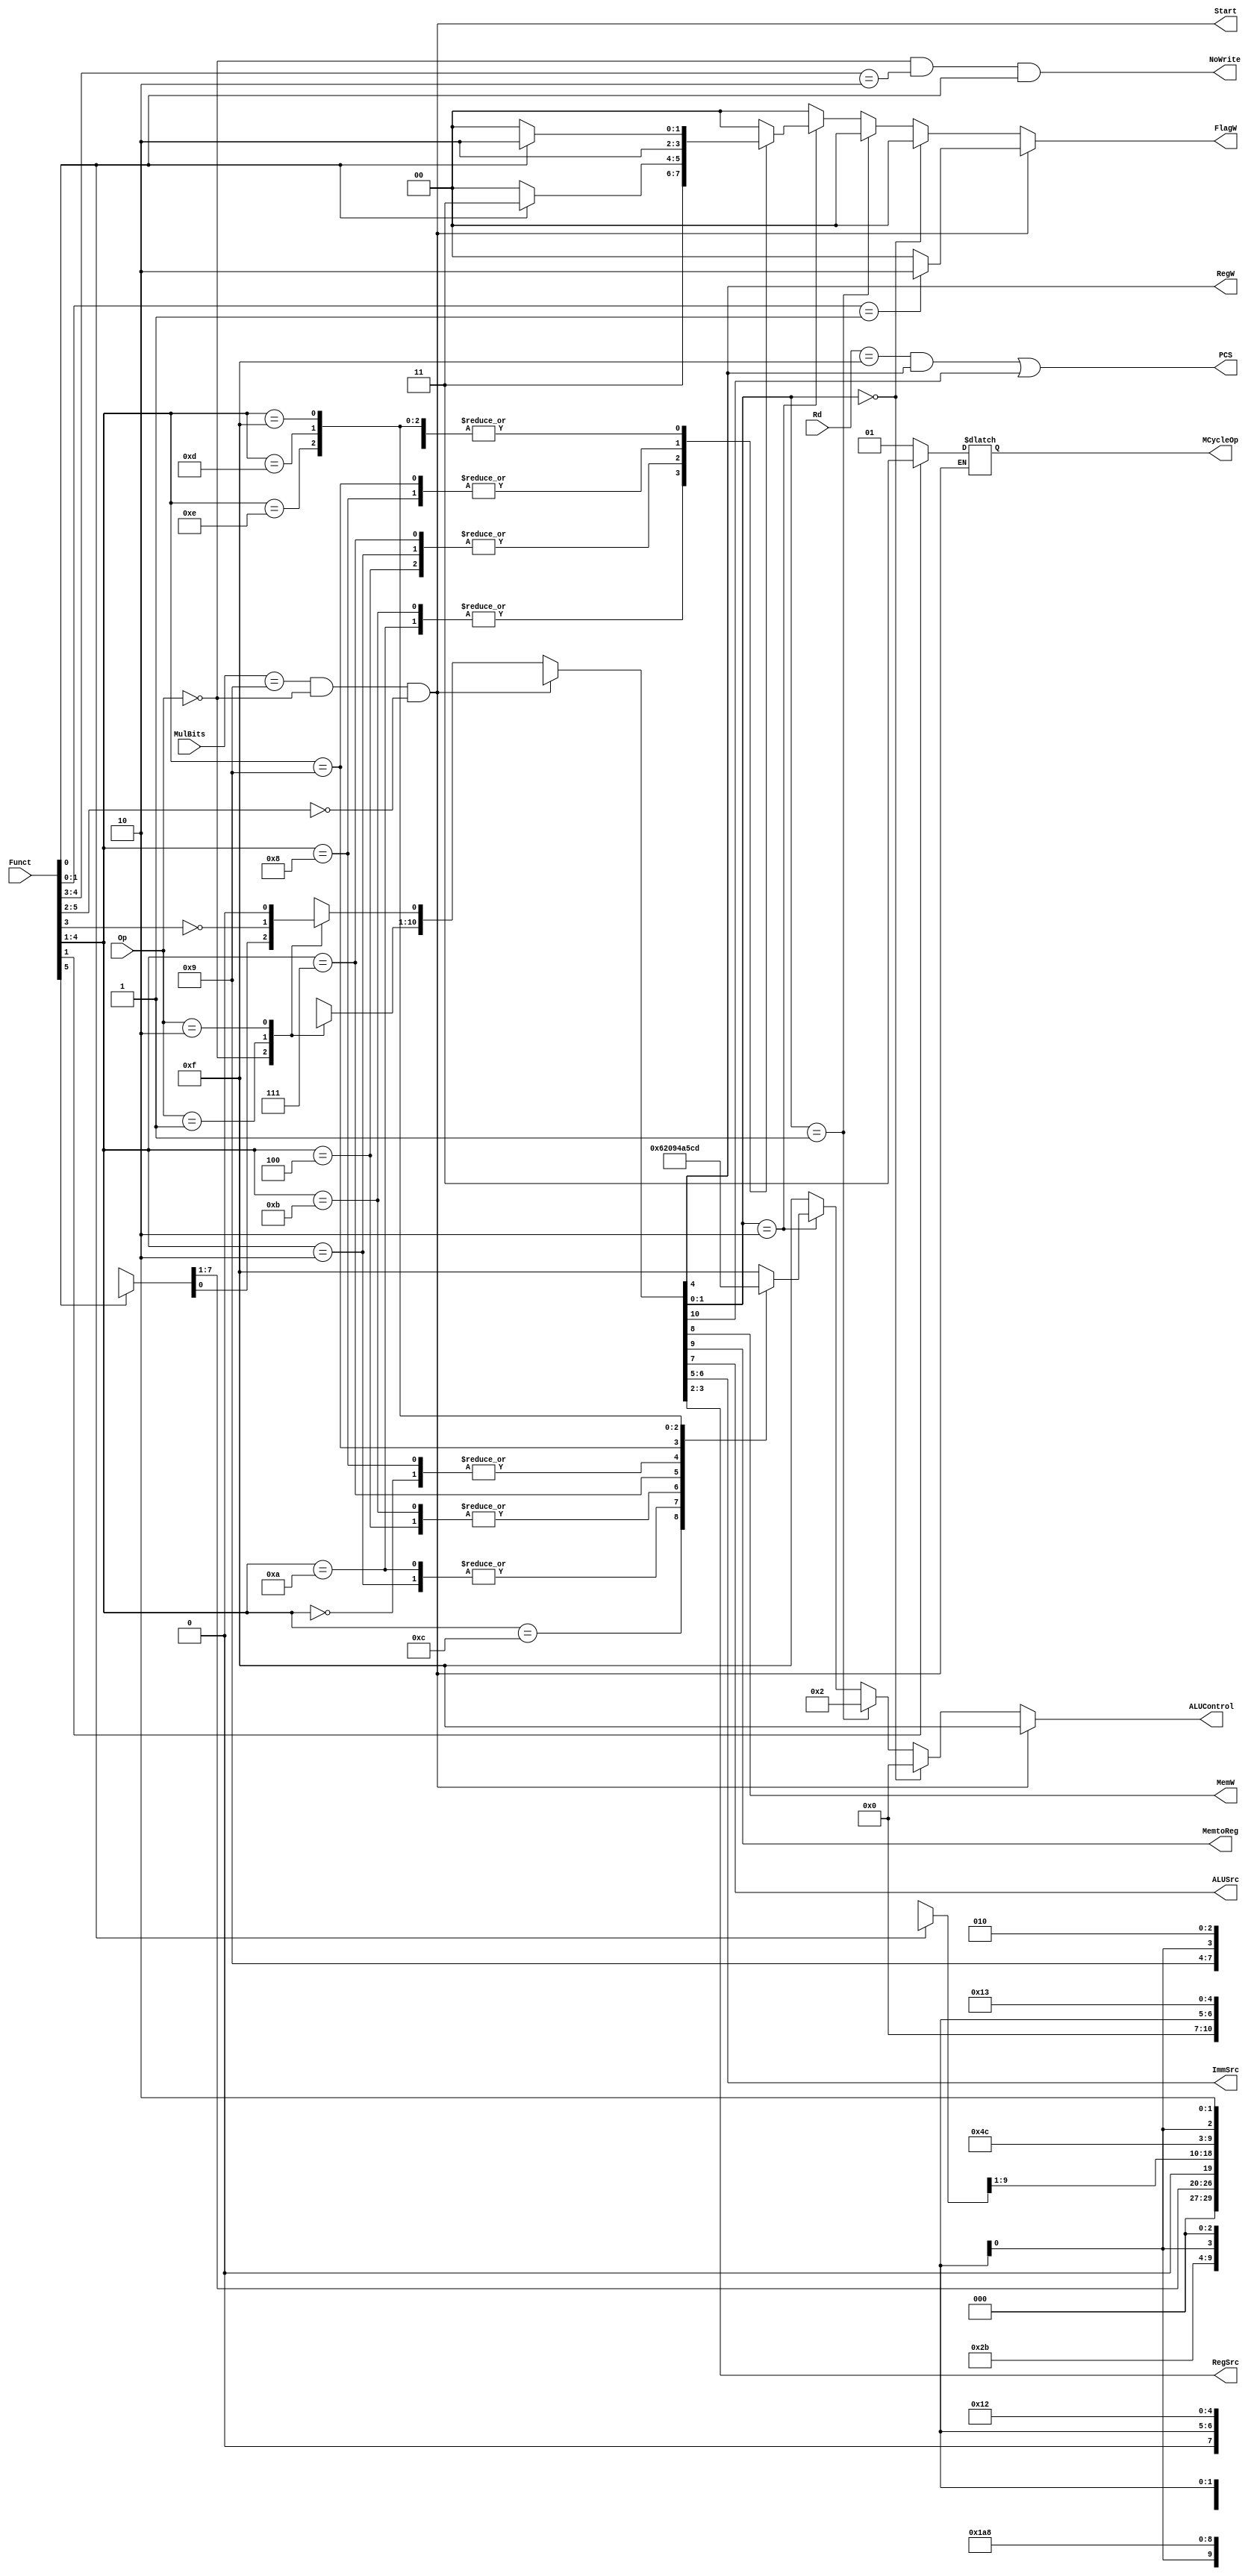
module Decoder(
    input [3:0] Rd,
    input [1:0] Op,
    input [5:0] Funct, //Instr[25:20]
    input [3:0] MulBits, // Instr[7:4] 1001 for MUL and MLA
    output PCS,
    output RegW,
    output MemW,
    output MemtoReg,
    output ALUSrc,
    output [1:0] ImmSrc,
    output [1:0] RegSrc,
    output NoWrite,
    output reg [3:0] ALUControl,
    output reg [1:0] FlagW,
    output Start,
    output reg [1:0] MCycleOp
    );
    
    wire [1:0] ALUOp;
    wire Branch;
    reg [10:0] controls;
    
    assign {Branch, MemtoReg, MemW, ALUSrc, ImmSrc, RegW, RegSrc, ALUOp} = controls;
    assign PCS = ((Rd == 4'b1111) & RegW) | Branch;
    assign NoWrite = (Op == 2'b00) & (Funct[4:3] == 2'b10) & Funct[0];
    assign Start = (MulBits == 4'b1001) & (Op == 2'b00) & (Funct[5:2] == 4'b0000);
    
    //chapter 3 slides 42: updates Branch, MemtoReg, MemW, ALUSrc, ImmSrc[1:0], RegW, RegSrc[1:0], ALUOp[1:0] (in that order)
    always @(*) 
    begin
        if (Start == 0)
        begin
            case(Op)
                2'b00: controls = (Funct[5]) ? 11'b0001001x010 : 11'b0000xx10010; // DP Imm : DP Reg
                2'b01: 
                begin
                    controls = (Funct[0]) ? 11'b0101011x000 : 11'b0x110101000;  // LDR : STR
                    controls[0] = ~Funct[3];
                end
                2'b10: controls = 11'b1001100x100;   // B
                default: controls = 10'bx;
            endcase
            
            //chapter 3 slides 42: updates ALUControl[1:0] and FlagW[1:0]
            if (ALUOp == 2'b00) 
            begin
                ALUControl = 4'b0000;
                FlagW = 2'b00;
            end else if (ALUOp == 2'b01) 
            begin
                ALUControl = 4'b0010;
                FlagW = 2'b00;
            end else if (ALUOp == 2'b10) 
            begin
                case(Funct[4:1])
                    // ADD
                    4'b0100: begin 
                        ALUControl = 4'b0000;
                        FlagW = (Funct[0]) ? 2'b11 : 2'b00;
                    end
                    // SUB
                    4'b0010: begin
                        ALUControl = 4'b0010;
                        FlagW = (Funct[0]) ? 2'b11 : 2'b00;
                    end
                    // AND
                    4'b0000: begin 
                        ALUControl = 4'b0100; 
                        FlagW = (Funct[0]) ? 2'b10 : 2'b00;
                    end
                    // ORR
                    4'b1100: begin 
                        ALUControl = 4'b0110; 
                        FlagW = (Funct[0]) ? 2'b10 : 2'b00;
                    end
                    // CMP
                    4'b1010: begin 
                        ALUControl = 4'b0010;
                        FlagW = 2'b11;
                    end
                    // CMN
                    4'b1011: begin 
                        ALUControl = 4'b0000;
                        FlagW = 2'b11;
                    end
                    // RSC
                    4'b0111: begin
                        ALUControl = 4'b1001;
                        FlagW = (Funct[0]) ? 2'b11 : 2'b00;
                    end
                    // TST
                    4'b1000: begin
                        ALUControl = 4'b0100;
                        FlagW = 2'b10;
                    end
                    // TEQ
                    4'b1001: begin
                        ALUControl = 4'b1010;
                        FlagW = 2'b10;
                    end
                    // BIC
                    4'b1110: begin
                        ALUControl = 4'b0101; 
                        FlagW = (Funct[0]) ? 2'b10 : 2'b00;
                    end
                    // MOV
                    4'b1101: begin
                        ALUControl = 4'b1100; 
                        FlagW = (Funct[0]) ? 2'b10 : 2'b00;
                    end
                    // MVN
                    4'b1111: begin
                        ALUControl = 4'b1101; 
                        FlagW = (Funct[0]) ? 2'b10 : 2'b00;
                    end
                    default: begin
                        ALUControl = 4'b1111; 
                        FlagW = 2'b00;
                    end
                endcase
            end else 
            begin
                ALUControl = 4'b1111;
                FlagW = 2'b00;
            end
        end else // For MUL and DIV  updates Branch, MemtoReg, MemW, ALUSrc, ImmSrc[1:0], RegW, RegSrc[1:0], ALUOp[1:0]
        begin
            controls = 11'b0000XX10011;
            ALUControl = 4'b1111;
            FlagW = (Funct[1:0] == 2'b01) ? 2'b10 : 2'b00;
            MCycleOp = Funct[1] ? 2'b11 : 2'b01; // MUL if Funct[1] = 0, DIV if Funct[1] = 1
        end
    end
endmodule